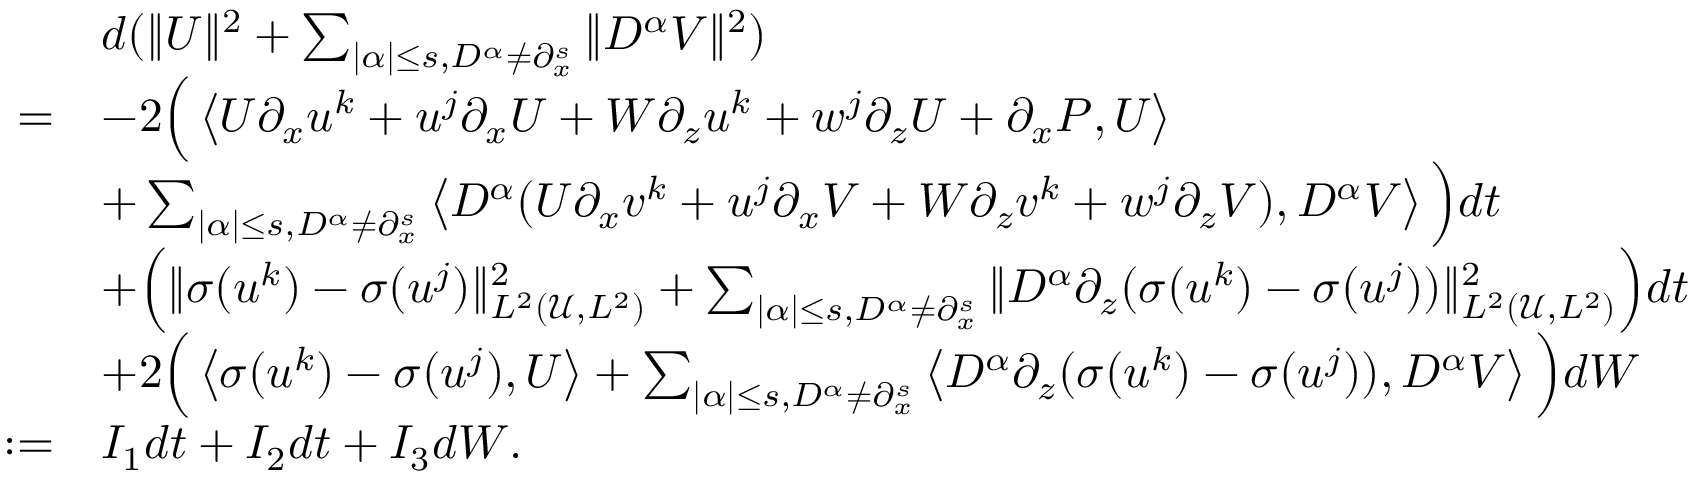
\begin{array} { r l } & { d ( \| U \| ^ { 2 } + \sum _ { | \alpha | \leq s , D ^ { \alpha } \neq \partial _ { x } ^ { s } } \| D ^ { \alpha } V \| ^ { 2 } ) } \\ { = } & { - 2 \Big ( \left\langle U \partial _ { x } u ^ { k } + u ^ { j } \partial _ { x } U + W \partial _ { z } u ^ { k } + w ^ { j } \partial _ { z } U + \partial _ { x } P , U \right\rangle } \\ & { + \sum _ { | \alpha | \leq s , D ^ { \alpha } \neq \partial _ { x } ^ { s } } \left\langle D ^ { \alpha } ( U \partial _ { x } v ^ { k } + u ^ { j } \partial _ { x } V + W \partial _ { z } v ^ { k } + w ^ { j } \partial _ { z } V ) , D ^ { \alpha } V \right\rangle \Big ) d t } \\ & { + \Big ( \| \sigma ( u ^ { k } ) - \sigma ( u ^ { j } ) \| _ { L ^ { 2 } ( \mathscr U , L ^ { 2 } ) } ^ { 2 } + \sum _ { | \alpha | \leq s , D ^ { \alpha } \neq \partial _ { x } ^ { s } } \| D ^ { \alpha } \partial _ { z } ( \sigma ( u ^ { k } ) - \sigma ( u ^ { j } ) ) \| _ { L ^ { 2 } ( \mathscr U , L ^ { 2 } ) } ^ { 2 } \Big ) d t } \\ & { + 2 \Big ( \left\langle \sigma ( u ^ { k } ) - \sigma ( u ^ { j } ) , U \right\rangle + \sum _ { | \alpha | \leq s , D ^ { \alpha } \neq \partial _ { x } ^ { s } } \left\langle D ^ { \alpha } \partial _ { z } ( \sigma ( u ^ { k } ) - \sigma ( u ^ { j } ) ) , D ^ { \alpha } V \right\rangle \Big ) d W } \\ { : = } & { I _ { 1 } d t + I _ { 2 } d t + I _ { 3 } d W . } \end{array}